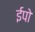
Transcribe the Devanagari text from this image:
ईपो